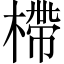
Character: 㯂